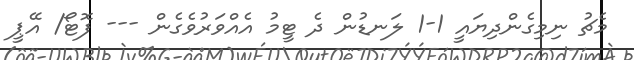
މެޗު ނިމިގެންދިޔައީ 1-1 ލަނޑުން ދެ ޓީމު އެއްވަރުވެގެން --- ފޮޓޯ/ އޭޕީ